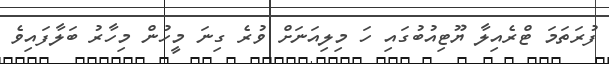
ފުރަތަމަ ޓްރެއިލާ ޔޫޓިއުބުގައި ހަ މިލިއަނަށް ވުރެ ގިނަ މީހުން މިހާރު ބަލާފައިވެ